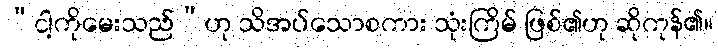
“ငါ့ကိုမေးသည်”ဟု သိအပ်သောစကား သုံးကြိမ် ဖြစ်၏ဟု ဆိုကုန်၏။